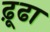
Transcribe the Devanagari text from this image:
ढ़ूढा